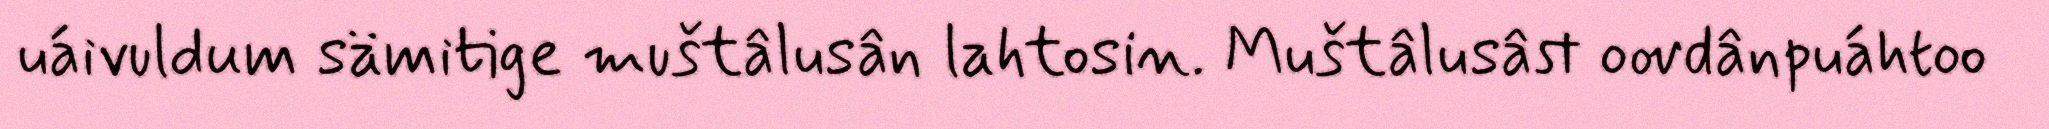
uáivuldum sämitige muštâlusân lahtosin. Muštâlusâst oovdânpuáhtoo